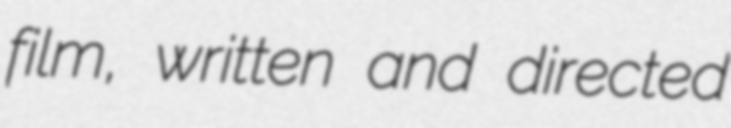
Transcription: film, written and directed